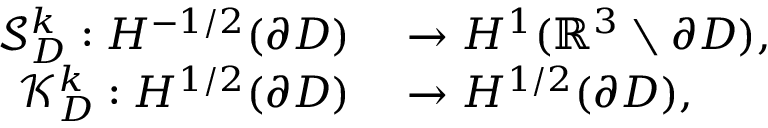
\begin{array} { r l } { \mathcal { S } _ { D } ^ { k } : H ^ { - 1 / 2 } ( \partial D ) } & { { } \rightarrow H ^ { 1 } ( \mathbb { R } ^ { 3 } \setminus \partial D ) , } \\ { \mathcal { K } _ { D } ^ { k } : H ^ { 1 / 2 } ( \partial D ) } & { { } \rightarrow H ^ { 1 / 2 } ( \partial D ) , } \end{array}